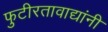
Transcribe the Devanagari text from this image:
फुटीरतावाद्यांनी